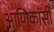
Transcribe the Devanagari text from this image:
आणिकांसी